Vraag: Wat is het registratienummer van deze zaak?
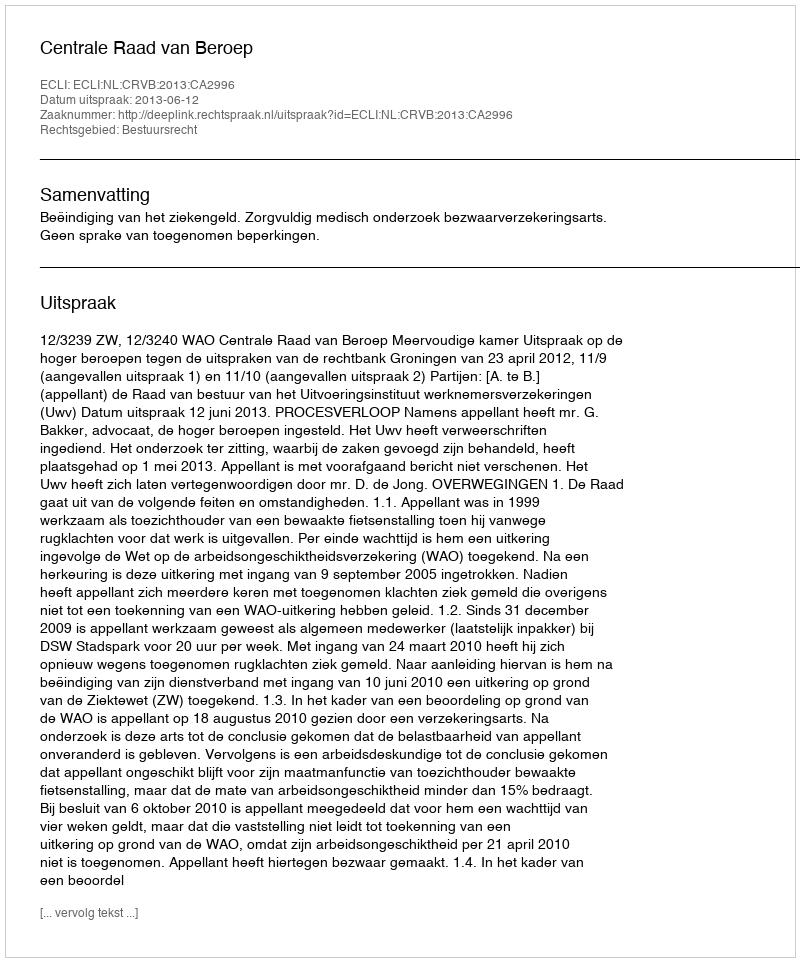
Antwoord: http://deeplink.rechtspraak.nl/uitspraak?id=ECLI:NL:CRVB:2013:CA2996